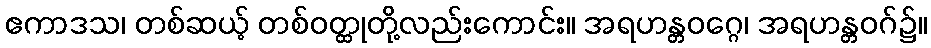
ဧကာဒသ၊ တစ်ဆယ့် တစ်ဝတ္ထုတို့လည်းကောင်း။ အရဟန္တဝဂ္ဂေ၊ အရဟန္တဝဂ်၌။